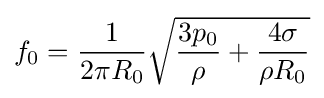
f_{0}={1 \over 2\pi R_{0}}{\sqrt {{3p_{0} \over \rho }+{4\sigma  \over \rho R_{0}}}}